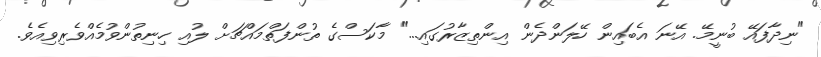
"ނިދާފައޭ ބުނީމޭ. އޭނަ އެބައިން ހޭލަންދެން އިންތިޒާރުގައި..." މާކަސްގެ ތުންފަތްމައްޗަށް ލުއި ހިނިތުންވުމެއްވެރިވިއެވެ.